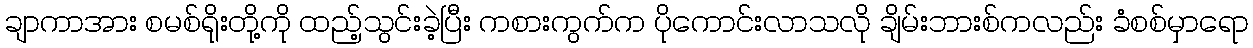
ချာကာအား စမစ်ရိုးတို့ကို ထည့်သွင်းခဲ့ပြီး ကစားကွက်က ပိုကောင်းလာသလို ချိမ်းဘားစ်ကလည်း ခံစစ်မှာရော